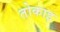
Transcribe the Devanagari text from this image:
तोकाइ